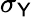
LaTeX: \sigma_{\textsf{Y}}